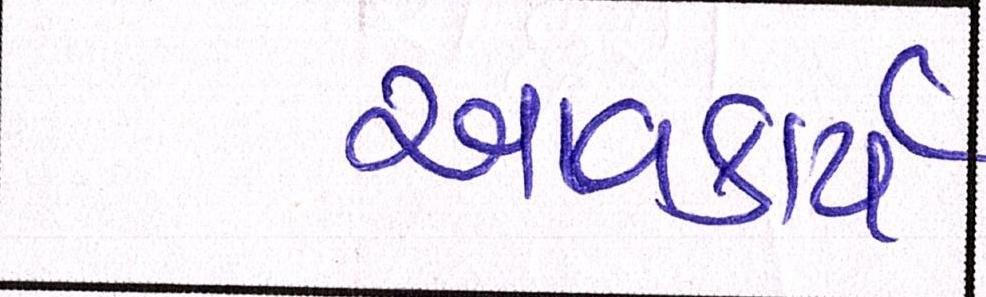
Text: આવકાર્ય